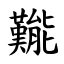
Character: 㔮